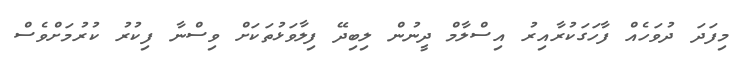
މިފަދަ ދުވަހެއް ފާހަގަކުރާއިރު އިސްލާމް ދީނުން ލިބިދޭ ފިލާވަޅުތަކަށް ވިސްނާ ފިކުރު ކުރުމަށްވެސް